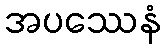
အပဿေနံ